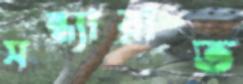
সন্ধ্যারাত